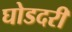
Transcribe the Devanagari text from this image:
घोडदरी